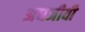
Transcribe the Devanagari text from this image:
अधजीवी